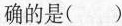
确的是( )